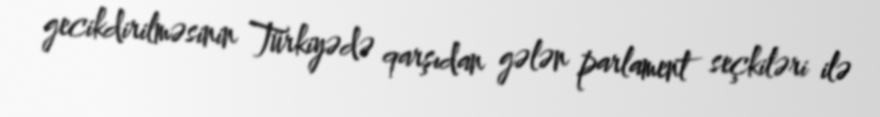
gecikdirilməsinin Türkiyədə qarşıdan gələn parlament seçkiləri ilə